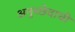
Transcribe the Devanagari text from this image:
अनुच्छेदाची